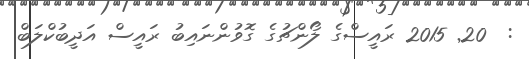
:  20